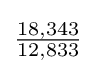
{\tfrac {18,343}{12,833}}